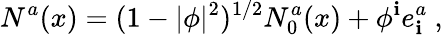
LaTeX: N^{a}(x)=(1-|\phi|^{2})^{1/2}N_{0}^{a}(x)+\phi^{\mathbf{i}}e_{\mathbf{i}}^{a}\ ,